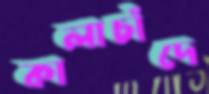
কালাচাঁদে